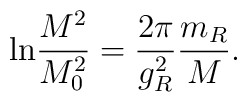
{\rm ln}\frac{M^2}{M_0^2}=\frac{2\pi}{g_R^2}\frac{m_R}{M}.